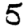
Digit: 5